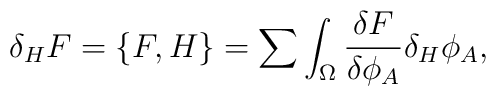
\delta_H F=\{ F,H \} =\sum\int_{\Omega} {{\delta F} \over {\delta\phi_A}}\delta_H\phi_A,